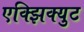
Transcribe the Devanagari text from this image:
एक्झिक्युट